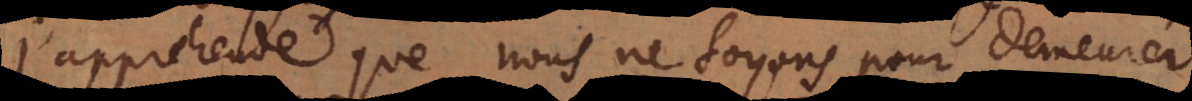
j’apprehende que nous ne soyons pour demeurer